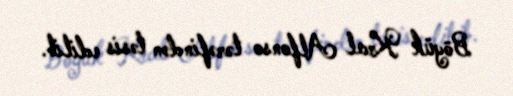
Böyük Kral Alfonso tərəfindən təsis edilib.